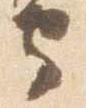
守